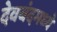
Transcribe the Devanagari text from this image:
देवबंदमध्ये